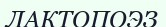
ЛАКТОПОЭЗ